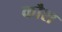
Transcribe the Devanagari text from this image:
कौश